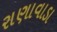
રાણાવાડા